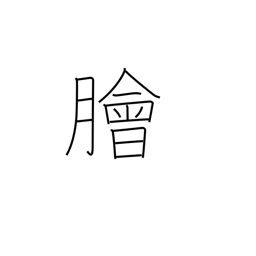
Meaning: raw fish salad